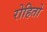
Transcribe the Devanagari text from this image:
रोहितो